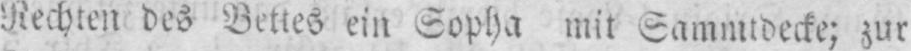
Rechten des Bettes ein Sopha mit Sammtdecke; zur